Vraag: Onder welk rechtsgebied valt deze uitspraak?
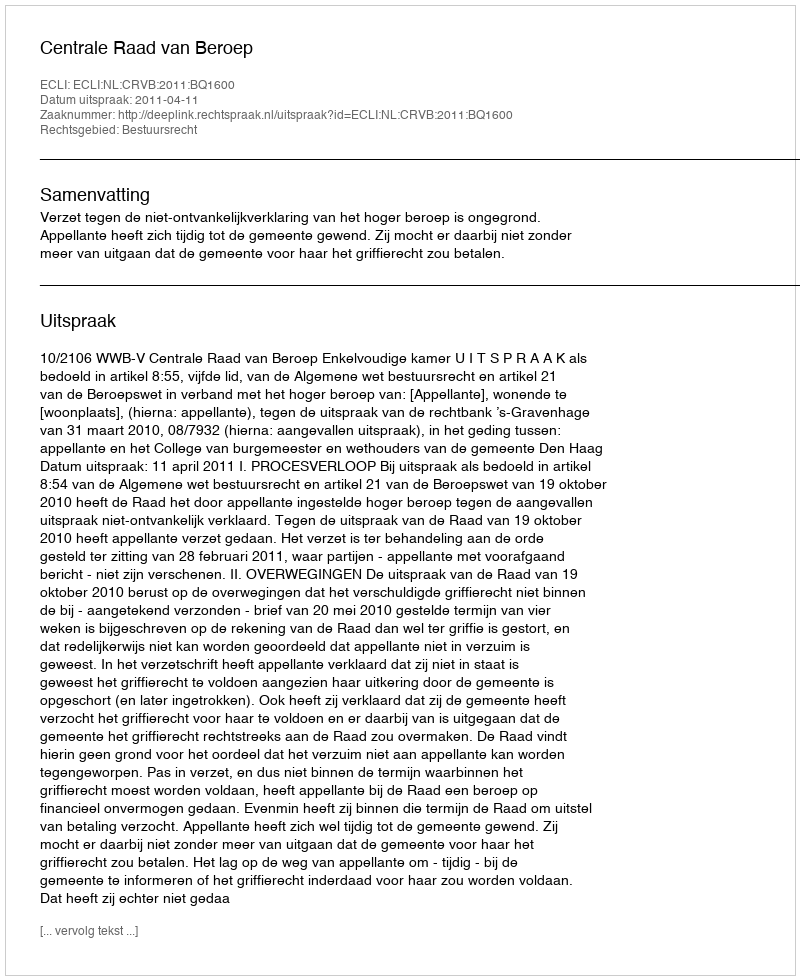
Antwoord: Bestuursrecht